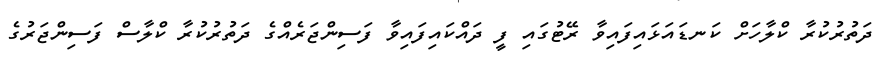
ދަތުރުކުރާ ކްލާހަށް ކަނޑައަޅައިފައިވާ ރޭޓުގައި ފީ ދައްކައިފައިވާ ފަސިންޖަރެއްގެ ދަތުރުކުރާ ކްލާސް ފަސިންޖަރުގެ